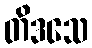
တိဒသေ